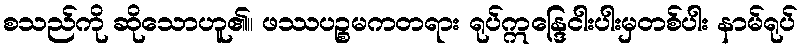
စသည်ကို ဆိုသောဟူ၏။ ဖဿပဉ္စမကတရား ရုပ်ဣန္ဒြေငါးပါးမှတစ်ပါး နာမ်ရုပ်